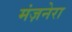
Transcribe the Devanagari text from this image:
मंज़नेरा